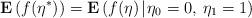
LaTeX: \begin{align*}\mathbf{E}\left(f(\eta^*)\right)=\mathbf{E}\left(f(\eta)\:\vline\:\eta_0=0,\:\eta_1=1\right)\end{align*}